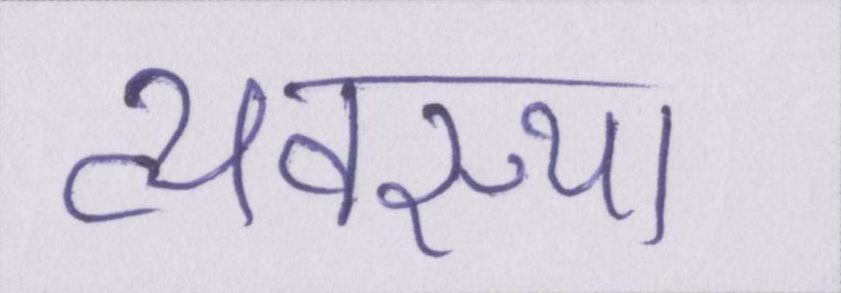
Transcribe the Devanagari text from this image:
व्यवस्था